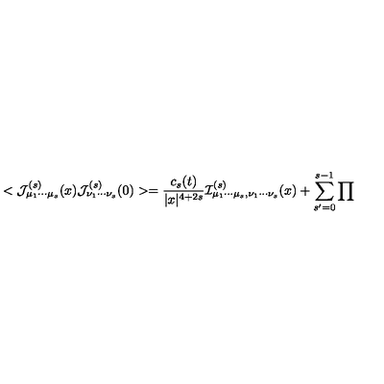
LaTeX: < { \cal J } _ { \mu _ { 1 } \cdots \mu _ { s } } ^ { ( s ) } ( x ) { \cal J } _ { \nu _ { 1 } \cdots \nu _ { s } } ^ { ( s ) } ( 0 ) > = { \frac { c _ { s } ( t ) } { | x | ^ { 4 + 2 s } } } { \cal I } _ { \mu _ { 1 } \cdots \mu _ { s } , \nu _ { 1 } \cdots \nu _ { s } } ^ { ( s ) } ( x ) + \sum _ { s ^ { \prime } = 0 } ^ { s - 1 } { \prod }